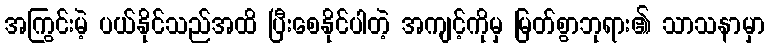
အကြွင်းမဲ့ ပယ်နိုင်သည်အထိ ပြီးစေနိုင်ပါတဲ့ အကျင့်ကိုမှ မြတ်စွာဘုရား၏ သာသနာမှာ